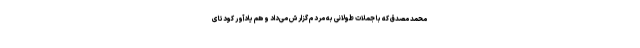
محمد مصدق که با جملات طولانی به مردم گزارش می‌داد و هم یادآور کودتای